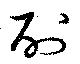
酎